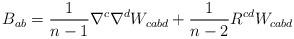
LaTeX: \begin{align*} B_{ab} = \frac{1}{n-1}\nabla^{c}\nabla^{d}W_{cabd} + \frac{1}{n-2}R^{cd}W_{cabd}\end{align*}